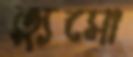
ত্যুসো